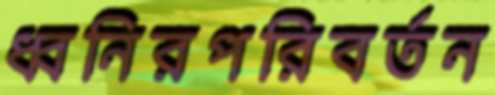
ধ্বনিরপরিবর্তন